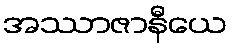
အဿာဇာနီယေ